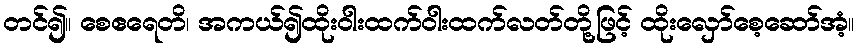
တင်၍။ စေဧရေတိ၊ အကယ်၍ထိုးဝါးထက်ဝါးထက်လတ်တို့ဖြင့် ထိုးလှော်စေ့ဆော်အံ့။